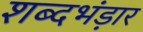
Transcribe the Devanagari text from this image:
शब्दभंड़ार